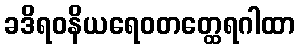
ခဒိရဝနိယရေဝတတ္ထေရဂါထာ